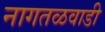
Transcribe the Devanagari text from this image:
नागतळवाडी